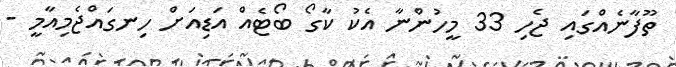
ތޫފާނެއްގައި ޖެހި 33 މީހުންނާ އެކު ކާގޯ ބޯޓެއް އަޑިއަށް ހިނގައްޖެމިއާމީ -